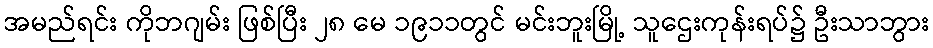
အမည်ရင်း ကိုဘဂျမ်း ဖြစ်ပြီး ၂၈ မေ ၁၉၁၁တွင် မင်းဘူးမြို့ သူဌေးကုန်းရပ်၌ ဦးသာဘွား